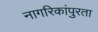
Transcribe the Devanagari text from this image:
नागरिकांपुरता